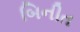
બિનીત